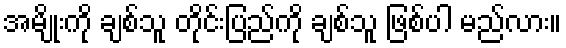
အမျိုးကို ချစ်သူ တိုင်းပြည်ကို ချစ်သူ ဖြစ်ပါ မည်လား။